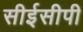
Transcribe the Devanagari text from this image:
सीईसीपी